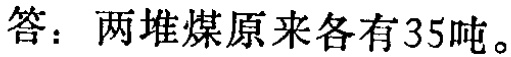
答：两堆煤原来各有35吨。